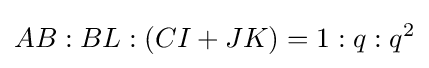
AB:BL:(CI+JK)=1:q:q^{2}